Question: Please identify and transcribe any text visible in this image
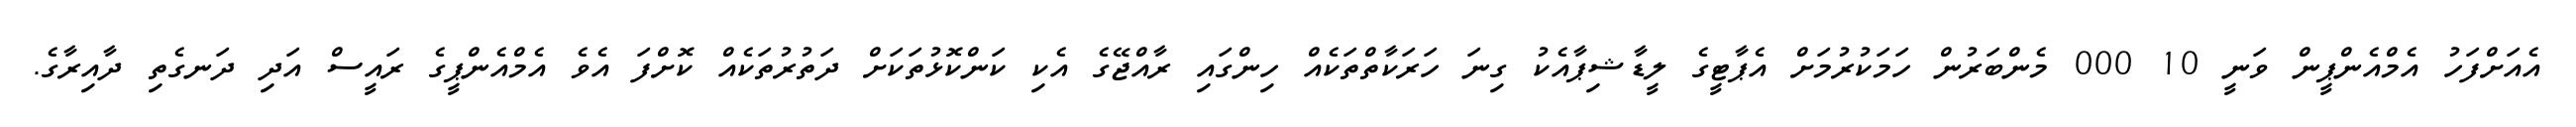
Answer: އެއަށްފަހު އެމްއެންޕީން ވަނީ 10 000 މެންބަރުން ހަމަކުރުމަށް އެޕާޓީގެ ލީޑާޝިޕާއެކު ގިނަ ހަރަކާތްތަކެއް ހިންގައި ރާއްޖޭގެ އެކި ކަންކޮޅުތަކަށް ދަތުރުތަކެއް ކޮށްފަ އެވެ އެމްއެންޕީގެ ރައީސް އަދި ދަނގެތި ދާއިރާގެ.